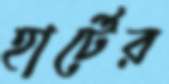
হার্টের